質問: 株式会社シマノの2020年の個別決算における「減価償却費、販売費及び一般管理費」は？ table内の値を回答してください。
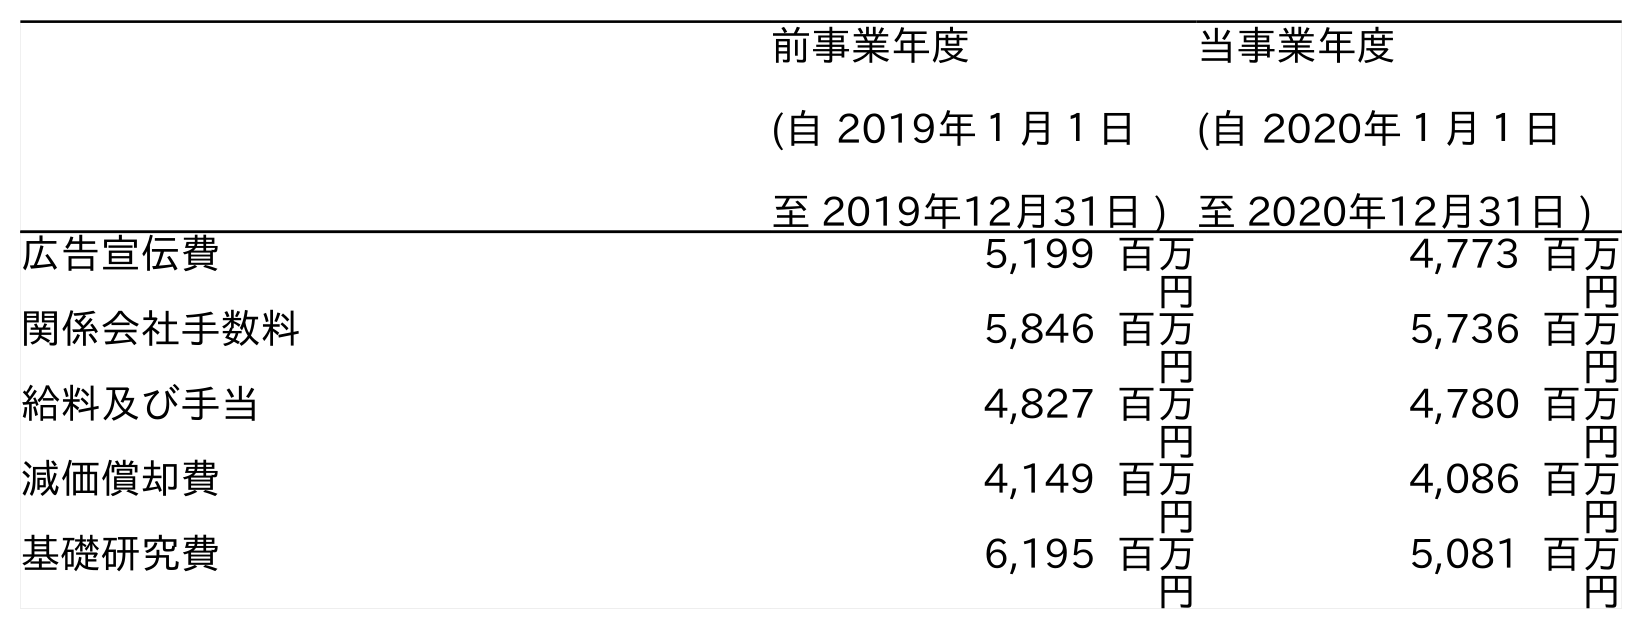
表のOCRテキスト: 前事業年度 (自 2019年１月１日 至 2019年12月31日 ) 当事業年度 (自 2020年１月１日 至 2020年12月31日 ) 広告宣伝費 5,199 百万 円 4,773 百万 円 関係会社手数料 5,846 百万 円 5,736 百万 円 給料及び手当 4,827 百万 円 4,780 百万 円 減価償却費 4,149 百万 円 4,086 百万 円 基礎研究費 6,195 百万 円 5,081 百万 円
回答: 4,086